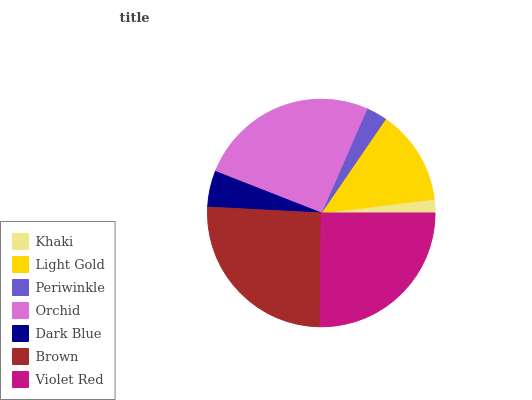
| Khaki | Light Gold | Periwinkle | Orchid | Dark Blue | Brown | Violet Red |
 | --- | --- | --- | --- | --- | --- | --- |
 | 1.94% | 13.5% | 2.98% | 25.6% | 5.13% | 25.6% | 25.2% |